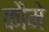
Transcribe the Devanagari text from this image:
कौमे